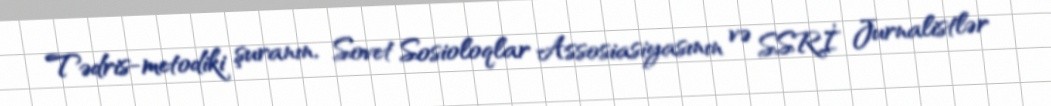
Tədris-metodiki şuranın, Sovet Sosioloqlar Assosiasiyasının və SSRİ Jurnalistlər